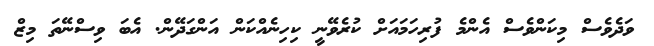
ވަދެވެސް މިކަންވެސް އެންމެ ފުރިހަމައަށް ކުރެވޭނީ ކިހިނެއްކަން އަންގަދޭން. އެބަ ވިސްނޭތަ މިޒް